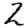
Digit: 2